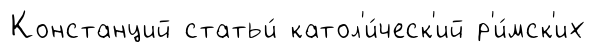
Констанций статьи́ катол'и́ческ'ий р'и́мск'их